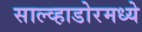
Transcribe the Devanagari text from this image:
साल्व्हाडोरमध्ये